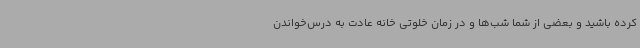
کرده باشید و بعضی از شما شب‌ها و در زمان خلوتی خانه عادت به درس‌خواندن